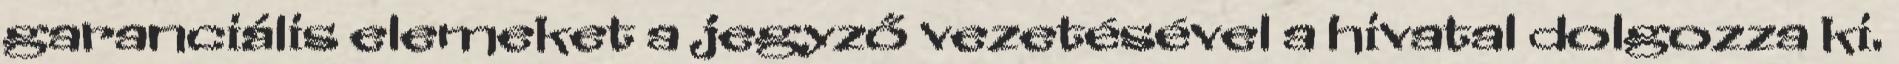
garanciális elemeket a jegyző vezetésével a hivatal dolgozza ki.